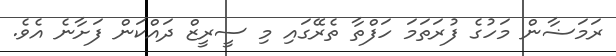
ރަމަޟާން މަހުގެ ފުރަތަމަ ހަފްތާ ތެރޭގައި މި ސީރީޒް ދައްކަން ފަށާނެ އެވެ.